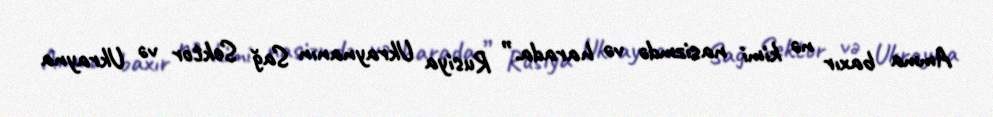
Amma baxır nə kimi nasizmdə və harada.” Rusiya Ukraynanın Sağ Sektor və Ukrayna